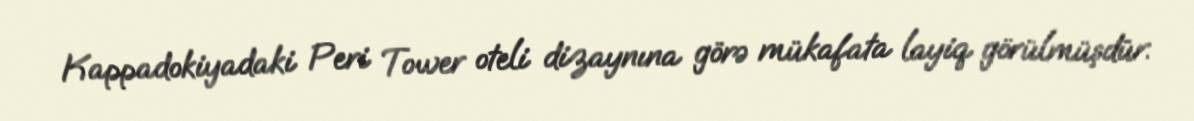
Kappadokiyadaki Peri Tower oteli dizaynına görə mükafata layiq görülmüşdür.